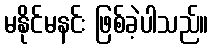
မနိုင်မနင်း ဖြစ်ခဲ့ပါသည်။